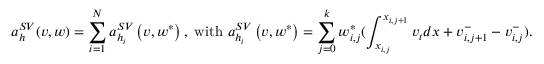
a _ { h } ^ { S V } ( v , w ) = \sum _ { i = 1 } ^ { N } a _ { h _ { i } } ^ { S V } \left( v , w ^ { * } \right) , \ \mathrm { w i t h } \ a _ { h _ { i } } ^ { S V } \left( v , w ^ { * } \right) = \sum _ { j = 0 } ^ { k } w _ { i , j } ^ { * } ( \int _ { x _ { i , j } } ^ { x _ { i , j + 1 } } v _ { t } d x + v _ { i , j + 1 } ^ { - } - v _ { i , j } ^ { - } ) .